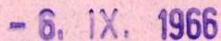
-6.IX.1966